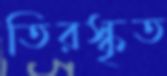
তিরস্কৃত